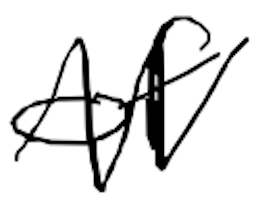
Text: of
Cross-out: zig-zag
Writing tool: digital_black